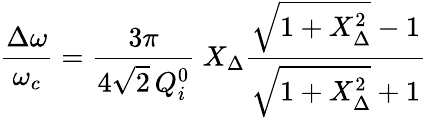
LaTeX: \frac{\Delta\omega}{\omega_{c}}=\frac{3\pi}{4\sqrt{2}\, Q_{i}^{0}}\ X_{\Delta}\frac{\sqrt{1+X_{\Delta}^{2}}-1}{\sqrt{1+X_{\Delta}^{2}}+1}